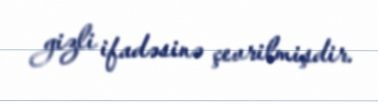
gizli ifadəsinə çevrilmişdir.